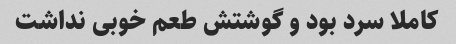
کاملا سرد بود و گوشتش طعم خوبی نداشت